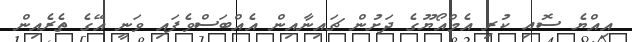
އިއްޔެ ސޮއި ކުރި އެމްއޯޔޫގެ ދަށުން ޗައިނާއިން އެއްބަސްވެފައި ވަނީ އޭގެ ތެރެއިން